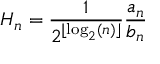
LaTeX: H _ { n } = { \frac { 1 } { 2 ^ { \lfloor \log _ { 2 } ( n ) \rfloor } } } { \frac { a _ { n } } { b _ { n } } }